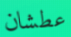
عطشان